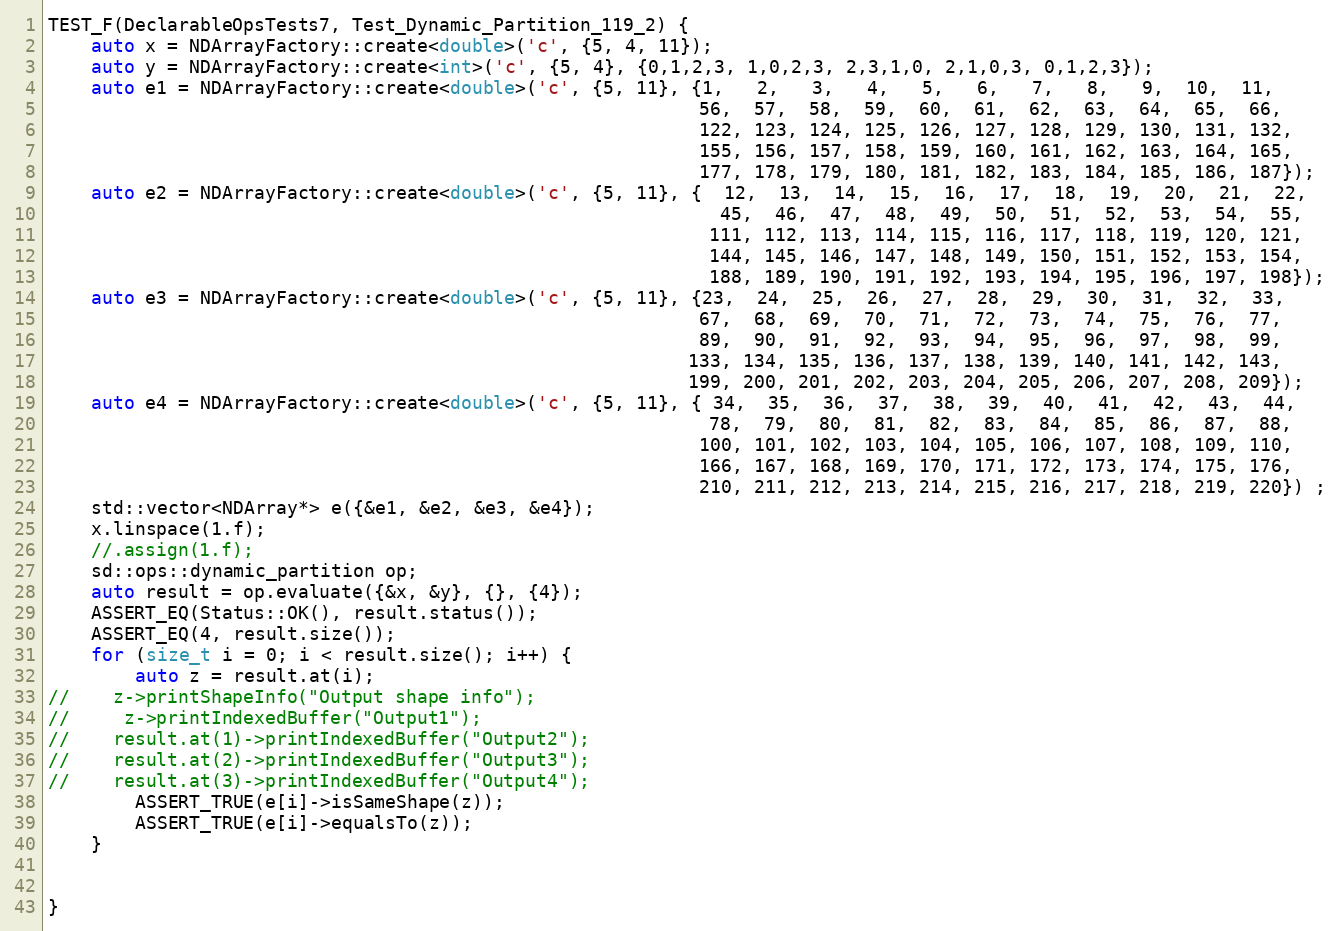
Language: C++
TEST_F(DeclarableOpsTests7, Test_Dynamic_Partition_119_2) {
    auto x = NDArrayFactory::create<double>('c', {5, 4, 11});
    auto y = NDArrayFactory::create<int>('c', {5, 4}, {0,1,2,3, 1,0,2,3, 2,3,1,0, 2,1,0,3, 0,1,2,3});
    auto e1 = NDArrayFactory::create<double>('c', {5, 11}, {1,   2,   3,   4,   5,   6,   7,   8,   9,  10,  11,
                                                            56,  57,  58,  59,  60,  61,  62,  63,  64,  65,  66,
                                                            122, 123, 124, 125, 126, 127, 128, 129, 130, 131, 132,
                                                            155, 156, 157, 158, 159, 160, 161, 162, 163, 164, 165,
                                                            177, 178, 179, 180, 181, 182, 183, 184, 185, 186, 187});
    auto e2 = NDArrayFactory::create<double>('c', {5, 11}, {  12,  13,  14,  15,  16,  17,  18,  19,  20,  21,  22,
                                                              45,  46,  47,  48,  49,  50,  51,  52,  53,  54,  55,
                                                             111, 112, 113, 114, 115, 116, 117, 118, 119, 120, 121,
                                                             144, 145, 146, 147, 148, 149, 150, 151, 152, 153, 154,
                                                             188, 189, 190, 191, 192, 193, 194, 195, 196, 197, 198});
    auto e3 = NDArrayFactory::create<double>('c', {5, 11}, {23,  24,  25,  26,  27,  28,  29,  30,  31,  32,  33,
                                                            67,  68,  69,  70,  71,  72,  73,  74,  75,  76,  77,
                                                            89,  90,  91,  92,  93,  94,  95,  96,  97,  98,  99,
                                                           133, 134, 135, 136, 137, 138, 139, 140, 141, 142, 143,
                                                           199, 200, 201, 202, 203, 204, 205, 206, 207, 208, 209});
    auto e4 = NDArrayFactory::create<double>('c', {5, 11}, { 34,  35,  36,  37,  38,  39,  40,  41,  42,  43,  44,
                                                             78,  79,  80,  81,  82,  83,  84,  85,  86,  87,  88,
                                                            100, 101, 102, 103, 104, 105, 106, 107, 108, 109, 110,
                                                            166, 167, 168, 169, 170, 171, 172, 173, 174, 175, 176,
                                                            210, 211, 212, 213, 214, 215, 216, 217, 218, 219, 220}) ;
    std::vector<NDArray*> e({&e1, &e2, &e3, &e4});
    x.linspace(1.f);
    //.assign(1.f);
    sd::ops::dynamic_partition op;
    auto result = op.evaluate({&x, &y}, {}, {4});
    ASSERT_EQ(Status::OK(), result.status());
    ASSERT_EQ(4, result.size());
    for (size_t i = 0; i < result.size(); i++) {
        auto z = result.at(i);
//    z->printShapeInfo("Output shape info");
//     z->printIndexedBuffer("Output1");
//    result.at(1)->printIndexedBuffer("Output2");
//    result.at(2)->printIndexedBuffer("Output3");
//    result.at(3)->printIndexedBuffer("Output4");
        ASSERT_TRUE(e[i]->isSameShape(z));
        ASSERT_TRUE(e[i]->equalsTo(z));
    }

}